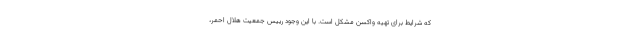
که شرایط برای تهیه واکسن مشکل است. با این وجود رییس جمعیت هلال احمر،